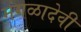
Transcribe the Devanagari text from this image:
मंगळादेवी